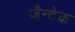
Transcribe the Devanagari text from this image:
जैन्टेक